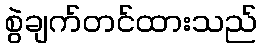
စွဲချက်တင်ထားသည်